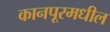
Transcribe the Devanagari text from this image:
कानपूरमधील